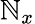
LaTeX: \mathbb{N}_{x}